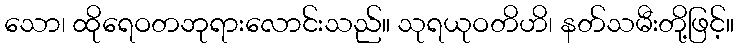
သော၊ ထိုရေဝတဘုရားလောင်းသည်။ သုရယုဝတိဟိ၊ နတ်သမီးတို့ဖြင့်။